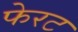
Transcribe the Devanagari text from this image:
फेरट